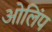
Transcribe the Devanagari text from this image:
ओलिंप